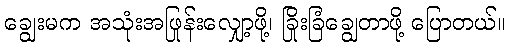
ချွေးမက အသုံးအဖြုန်းလျှော့ဖို့၊ ခြိုးခြံချွေတာဖို့ ပြောတယ်။